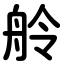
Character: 舲